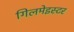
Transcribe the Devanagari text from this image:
गिलमेइस्टर